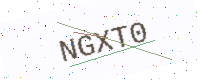
Text: NGXT0